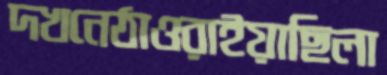
দখনেঠাওরাইয়াছিলা